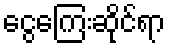
ငွေကြေးဆိုင်ရာ